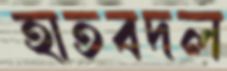
হাতবদল